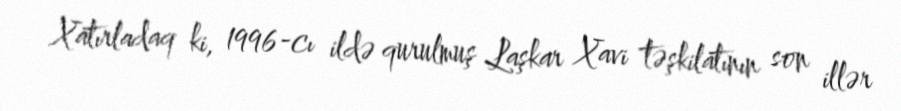
Xatırladaq ki, 1996-cı ildə qurulmuş Laşkar Xavi təşkilatının son illər